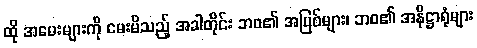
ထို အမေးများကို မေးမိသည့် အခါတိုင်း ဘဝ၏ အပြစ်များ၊ ဘဝ၏ အနိဋ္ဌာရုံများ